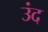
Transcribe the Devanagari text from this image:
उंद